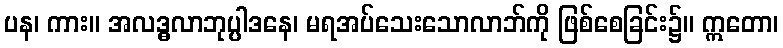
ပန၊ ကား။ အလဒ္ဓလာဘုပ္ပါဒနေ၊ မရအပ်သေးသောလာဘ်ကို ဖြစ်စေခြင်း၌။ ဣတော၊